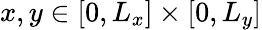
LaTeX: x,y\in[0,L_{x}]\times[0,L_{y}]